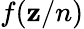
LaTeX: f(\mathbf{z}/n)